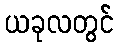
ယခုလတွင်